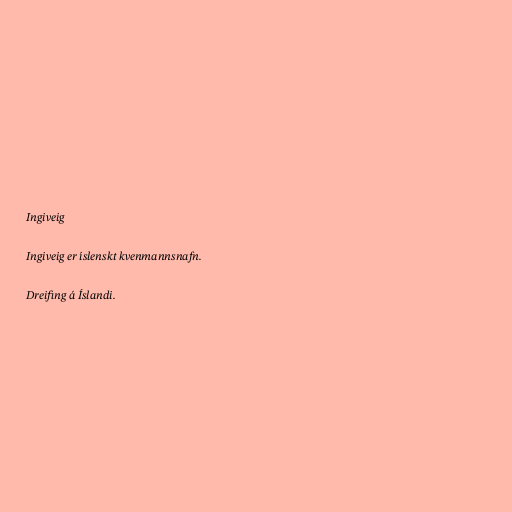
Ingiveig

Ingiveig er íslenskt kvenmannsnafn.

Dreifing á Íslandi.